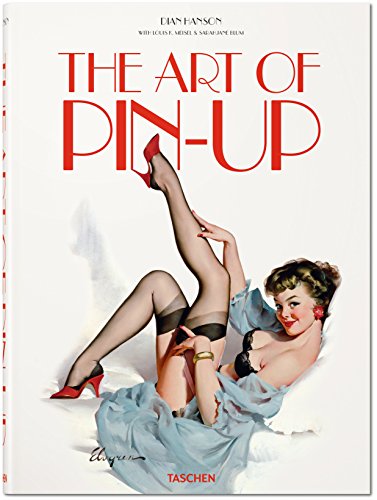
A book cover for The Art of Pin-up; Crafts, Hobbies & Home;